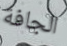
الجافة